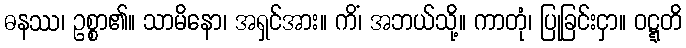
ဓနဿ၊ ဥစ္စာ၏။ သာမိနော၊ အရှင်အား။ ကိံ၊ အဘယ်သို့။ ကာတုံ၊ ပြုခြင်းငှာ။ ဝဋ္ဋတိ